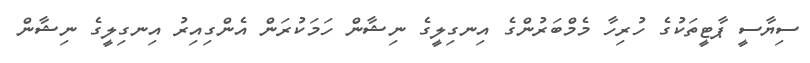
ސިޔާސީ ޕާޓީތަކުގެ ހުރިހާ މެމްބަރުންގެ އިނގިލީގެ ނިޝާން ހަމަކުރަން އެންގިއިރު އިނގިލީގެ ނިޝާން